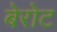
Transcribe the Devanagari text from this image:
बेरोट